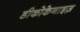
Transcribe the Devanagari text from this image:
डीकोकेनाइज़